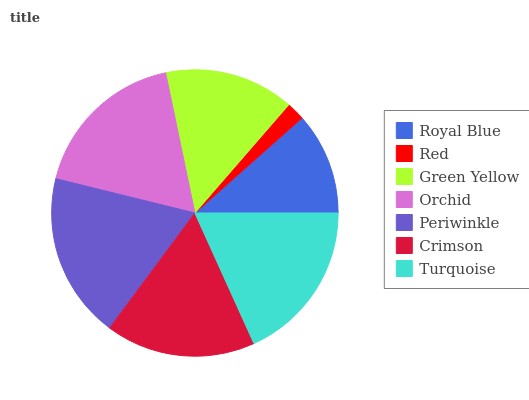
| Royal Blue | Red | Green Yellow | Orchid | Periwinkle | Crimson | Turquoise |
 | --- | --- | --- | --- | --- | --- | --- |
 | 11.5% | 2.07% | 14.6% | 17.8% | 18.8% | 16.9% | 18.3% |